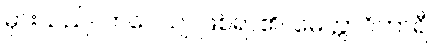
မှားသည်။ ဘဝေယျ၊ ဖြစ်ရာ၏။ မေတ္တာဝိဟာရီ၊